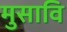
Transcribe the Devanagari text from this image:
मुसावि